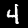
Digit: 4